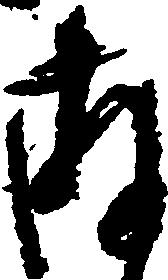
存